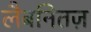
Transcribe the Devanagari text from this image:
लैबनितज़